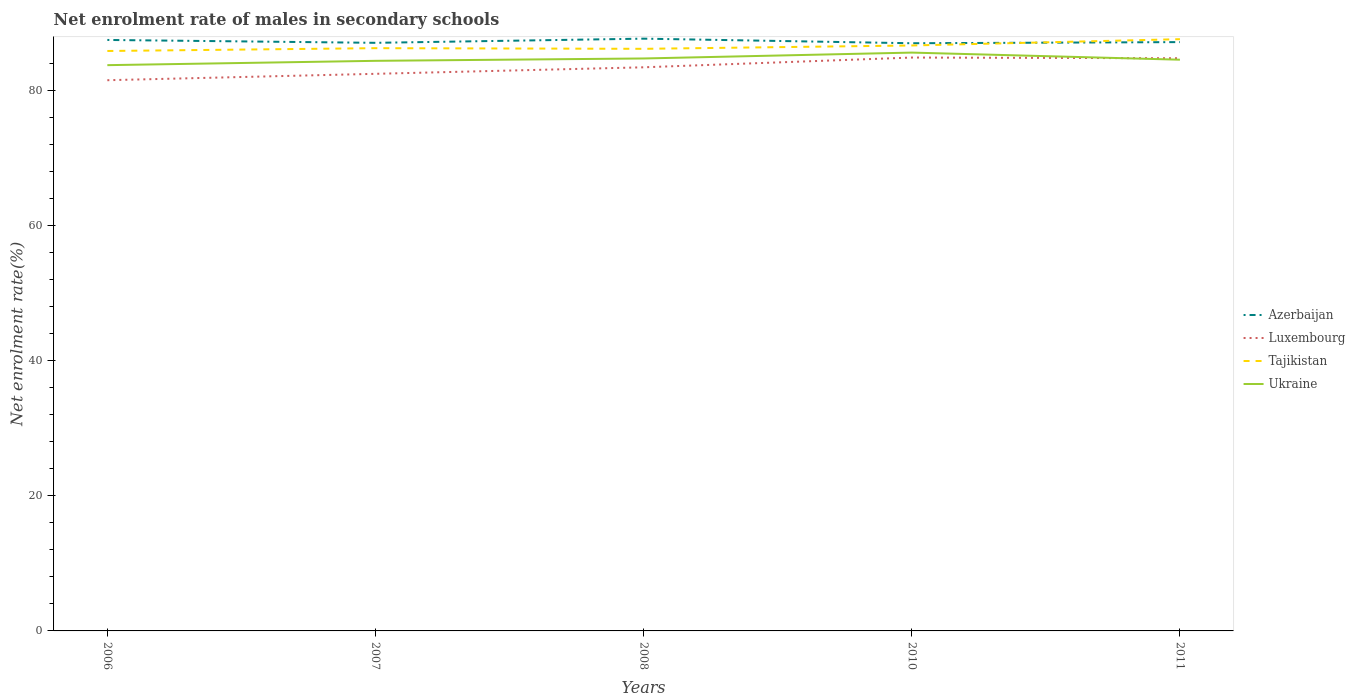
| Years | Azerbaijan | Luxembourg | Tajikistan | Ukraine |
 | --- | --- | --- | --- | --- |
 | 2006 | 87.4 | 81.5 | 85.8 | 83.7 |
 | 2007 | 87 | 82.4 | 86.2 | 84.4 |
 | 2008 | 87.6 | 83.4 | 86.1 | 84.7 |
 | 2010 | 87 | 84.8 | 86.6 | 85.6 |
 | 2011 | 87.1 | 84.7 | 87.6 | 84.5 |